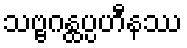
သဗ္ဗဂန္ထပ္ပဟီနဿ